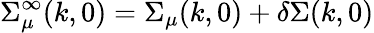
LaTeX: \Sigma_{\mu}^{\infty}(k,0)=\Sigma_{\mu}(k,0)+\delta\Sigma(k,0)